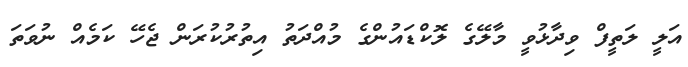
އަލީ ލަތީފް ވިދާޅުވީ މާލޭގެ ލޮކްޑައުންގެ މުއްދަތު އިތުރުކުރަން ޖެހޭ ކަމެއް ނުވަތަ